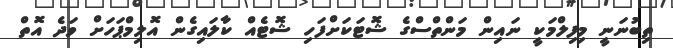
ތިބުނަނީ މިފިލްމަކީ ނައިން މަންތްސްގެ ޝޮޓަކަށްފަހި ޝޮޓެއް ކާލައިގެން އޮލިމްޕަހަށް ވަދެ އޮތް